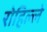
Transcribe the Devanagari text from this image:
रोहिल्ले